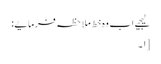
لیجیے اب وہ خط ملاحظہ فرمایے:
[۱۔